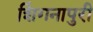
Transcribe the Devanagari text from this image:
शिंगनापुरी